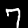
Label: 7